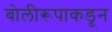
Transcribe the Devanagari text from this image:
बोलीरूपाकडून